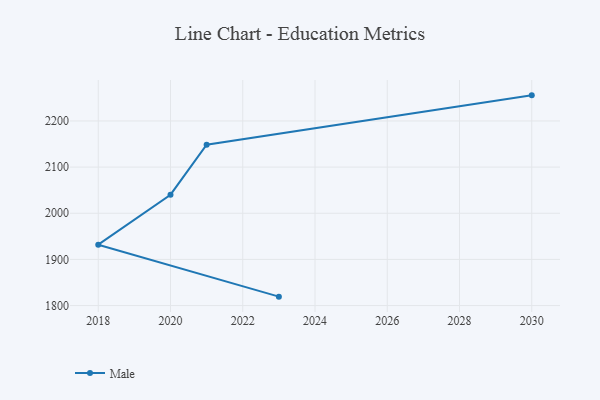
{"axis": {"x": "Year", "y": "Active Users"}, "legend": ["Male"], "data": [{"x": "2030", "y": 2255.5, "type": "Male"}, {"x": "2021", "y": 2148.4, "type": "Male"}, {"x": "2020", "y": 2040.2, "type": "Male"}, {"x": "2018", "y": 1931.9, "type": "Male"}, {"x": "2023", "y": 1819.3, "type": "Male"}]}